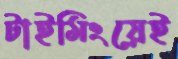
টাইমিংয়েই